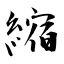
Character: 縮